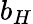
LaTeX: b_{H}